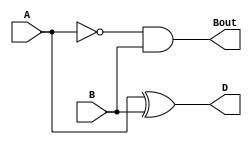
`timescale 1ns / 1ps

/*
    Half subtractor with borrow out.
    Does A-B
*/

module half_sub(
    input A, 
    input B, 
    output D, 
    output Bout
    );
    
    assign D = A ^ B; 
    assign Bout = ~A & B; 
    
endmodule